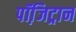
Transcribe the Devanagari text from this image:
पॉजि़ट्रान